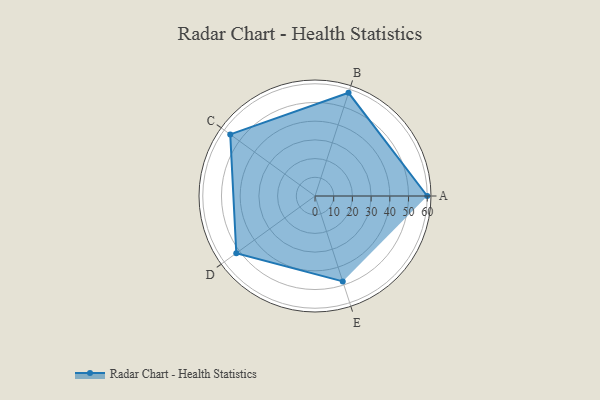
{"axis": {"x": "Skill", "y": "Score"}, "legend": ["Profile"], "data": [{"x": "A", "y": 60.0, "type": "Profile"}, {"x": "B", "y": 58.0, "type": "Profile"}, {"x": "C", "y": 56.0, "type": "Profile"}, {"x": "D", "y": 52.0, "type": "Profile"}, {"x": "E", "y": 48.0, "type": "Profile"}]}